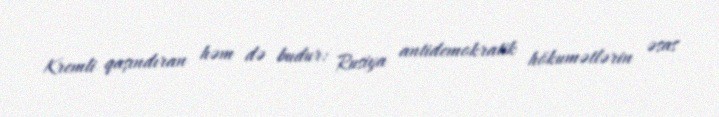
Kremli qaşındıran həm də budur: Rusiya antidemokratik hökumətlərin əsas